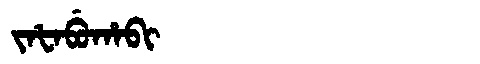
Manchu: ᠵᠠᡶᠠᠪᡠᡥᠠᠪᡳ
Romanization: JAFABUHABI